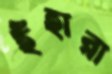
ইঁহারা